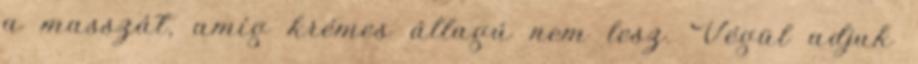
a masszát, amíg krémes állagú nem lesz. Végül adjuk